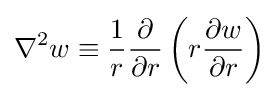
\nabla ^{2}w\equiv {\frac {1}{r}}{\frac {\partial }{\partial r}}\left(r{\frac {\partial w}{\partial r}}\right)